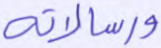
ورسالاته